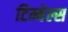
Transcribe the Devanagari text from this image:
टिम्बेल्स